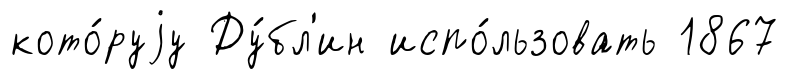
кото́руjу Ду́бл'ин испо́льзовать 1867